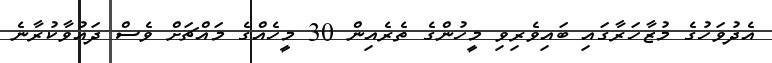
އެދުވަހުގެ މުޒާހަރާގައި ބައިވެރިވި މީހުންގެ ތެރެއިން 30 މީހެއްގެ މައްޗަށް ވެސް ދައުވާކުރާނެ